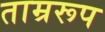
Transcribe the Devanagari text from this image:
ताम्ररूप